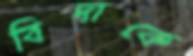
বিদাকে